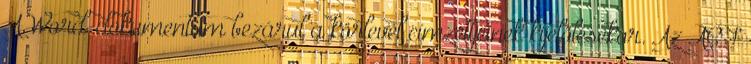
A Word-dokumentum bezárul a körlevél címzettjeinek kijelölésekor. Az ACT